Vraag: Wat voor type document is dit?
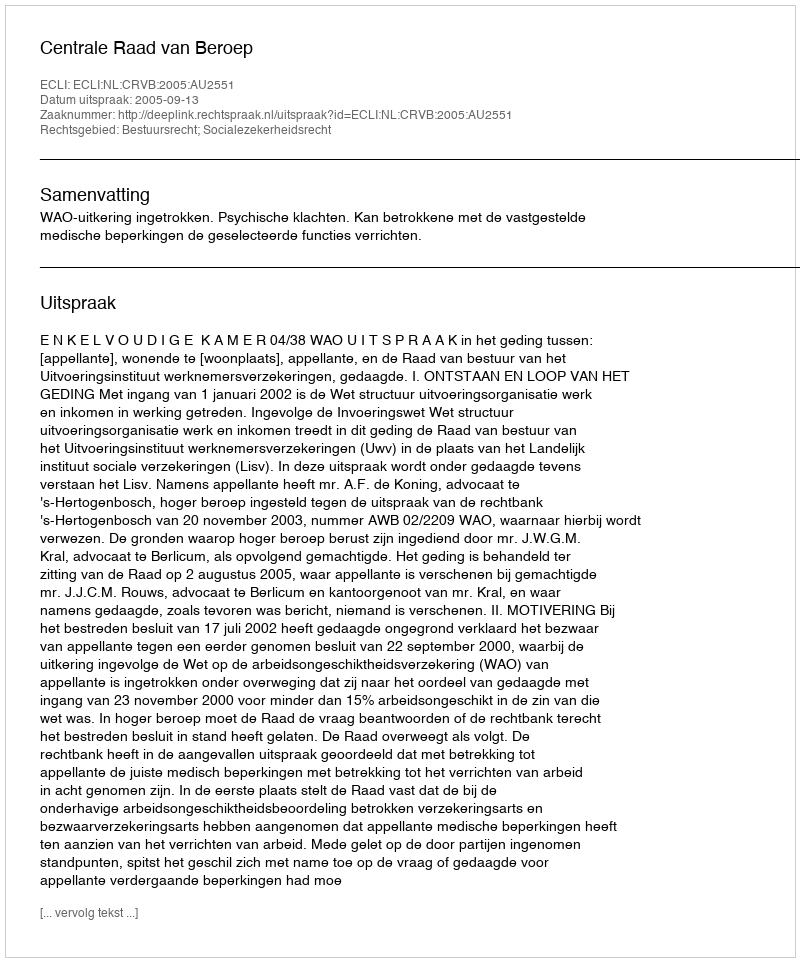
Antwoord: Uitspraak